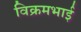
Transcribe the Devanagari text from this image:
विक्रमभाई